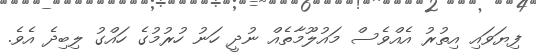
ފިޔަވައި އިތުރު އެއްވެސް މައުލޫމާތެއް ނުދީ ހަނު ހުރުމުގެ ހައްގު ލިބިދެ އެވެ.